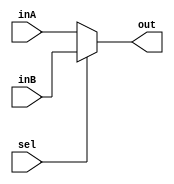
`timescale 1ns / 1ps
//////////////////////////////////////////////////////////////////////////////////
// Company: 
// Engineer: 
// 
// Design Name: 
// Module Name:    2to1Mux 
// Project Name: 
// Target Devices: 
// Tool versions: 
// Description: 
//
// Dependencies: 
//
// Revision: 
// Revision 0.01 - File Created
// Additional Comments: 
//
//////////////////////////////////////////////////////////////////////////////////
module Mux2to1(inA,inB,sel,out);

parameter bitwidth=25;

input[bitwidth-1:0] inA;
input[bitwidth-1:0] inB;
input sel;
output[bitwidth-1:0] out;

assign out = ( sel == 0 )? inA : inB;

endmodule